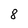
Character: 8